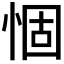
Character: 𢛅